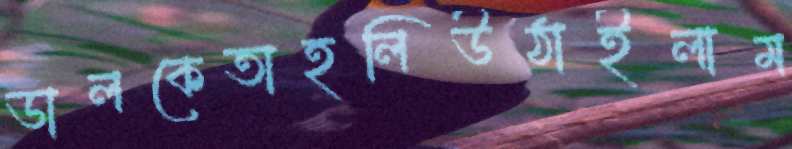
ডালকেতাহলিউঠাইলাম